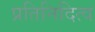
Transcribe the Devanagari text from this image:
प्रतिनिदित्व